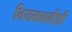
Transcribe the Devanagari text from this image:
नियमावलीशी